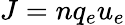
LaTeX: J=nq_{e}u_{e}